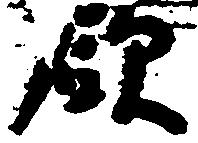
欲